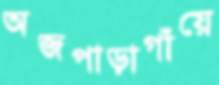
অজপাড়াগাঁয়ে